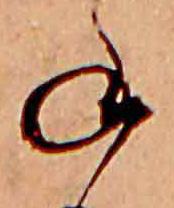
ね